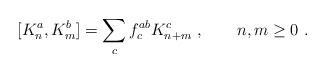
\begin{align*}[K_n^a,K_m^b] = \sum_c f^{ab}_c K_{n+m}^c\ ,\qquad n,m\ge 0\ .\end{align*}